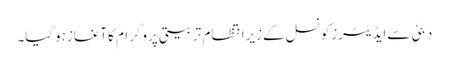
دبئی سےایڈیٹرزکونسل کےزیرانتظام تربیتی پروگرام کاآغازہوگیا۔